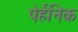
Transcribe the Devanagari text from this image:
पेर्हेनिक